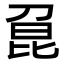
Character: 𠝕